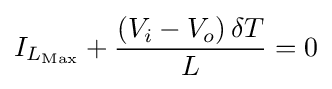
I_{L_{\text{Max}}}+{\frac {\left(V_{i}-V_{o}\right)\delta T}{L}}=0